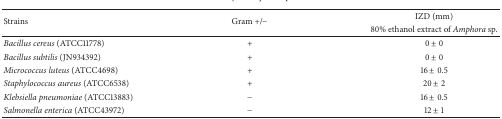
<table><thead><tr><td rowspan="2"><b>Strains</b></td><td rowspan="2"><b>Gram +/−</b></td><td><b>IZD (mm)</b></td></tr><tr><td><b>80% ethanol extract of <i>Amphora</i> sp.</b></td></tr></thead><tbody><tr><td><i>Bacillus cereus</i> (ATCC11778)</td><td>+</td><td>0 ± 0</td></tr><tr><td><i>Bacillus subtilis</i> (JN934392)</td><td>+</td><td>0 ± 0</td></tr><tr><td><i>Micrococcus luteus</i> (ATCC4698)</td><td>+</td><td>16 ± 0.5</td></tr><tr><td><i>Staphylococcus aureus</i> (ATCC6538)</td><td>+</td><td>20 ± 2</td></tr><tr><td><i>Klebsiella pneumoniae</i> (ATCC13883)</td><td>−</td><td>16 ± 0.5</td></tr><tr><td><i>Salmonella enterica</i> (ATCC43972)</td><td>−</td><td>12 ± 1</td></tr></tbody></table>